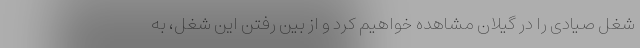
شغل صیادی را در گیلان مشاهده خواهیم کرد و از بین رفتن این شغل، به